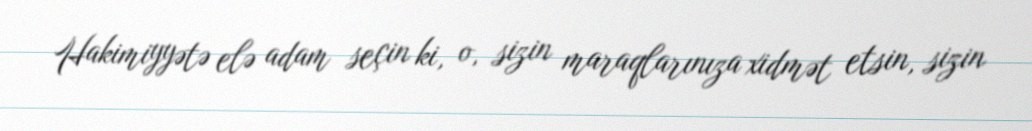
Hakimiyyətə elə adam seçin ki, o, sizin maraqlarınıza xidmət etsin, sizin